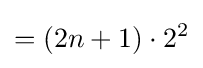
=(2n+1)\cdot 2^{2}